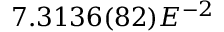
7 . 3 1 3 6 ( 8 2 ) E ^ { - 2 }